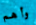
وأهم